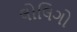
લોલિગો